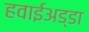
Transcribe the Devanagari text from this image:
हवाईअड्‍डा